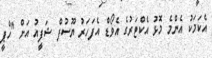
އެކަމަކު އެންމެ މޮޅު އެކްޓަރުގެ އެވޯޑް އެފަހަރު ޔޫސުފް ޝަފީއު އަށް "ހެޕީ